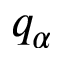
q _ { \alpha }